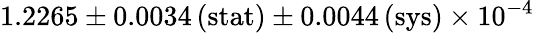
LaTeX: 1.2265\pm 0.0034\, (\mathrm{stat})\pm 0.0044\, (\mathrm{sys})\times 10^{-4}